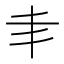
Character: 𠂖